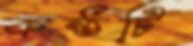
কন্ঠটি